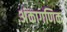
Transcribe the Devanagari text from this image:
अंकागणिक